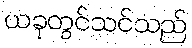
ယခုတွင်သင်သည်